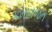
કમાવજત